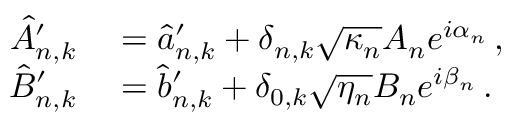
\begin{array} { r l } { \hat { A } _ { n , k } ^ { \prime } } & { { } = \hat { a } _ { n , k } ^ { \prime } + \delta _ { n , k } \sqrt { \kappa _ { n } } A _ { n } e ^ { i \alpha _ { n } } \, , } \\ { \hat { B } _ { n , k } ^ { \prime } } & { { } = \hat { b } _ { n , k } ^ { \prime } + \delta _ { 0 , k } \sqrt { \eta _ { n } } B _ { n } e ^ { i \beta _ { n } } \, . } \end{array}